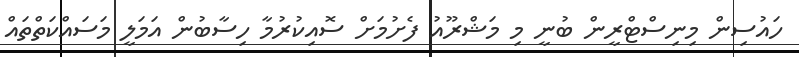
ހައުސިން މިނިސްޓްރީން ބުނީ މި މަޝްރޫއު ފެށުމަށް ސޮއިކުރުމާ ހިސާބުން އަމަލީ މަސައްކަތްތައް